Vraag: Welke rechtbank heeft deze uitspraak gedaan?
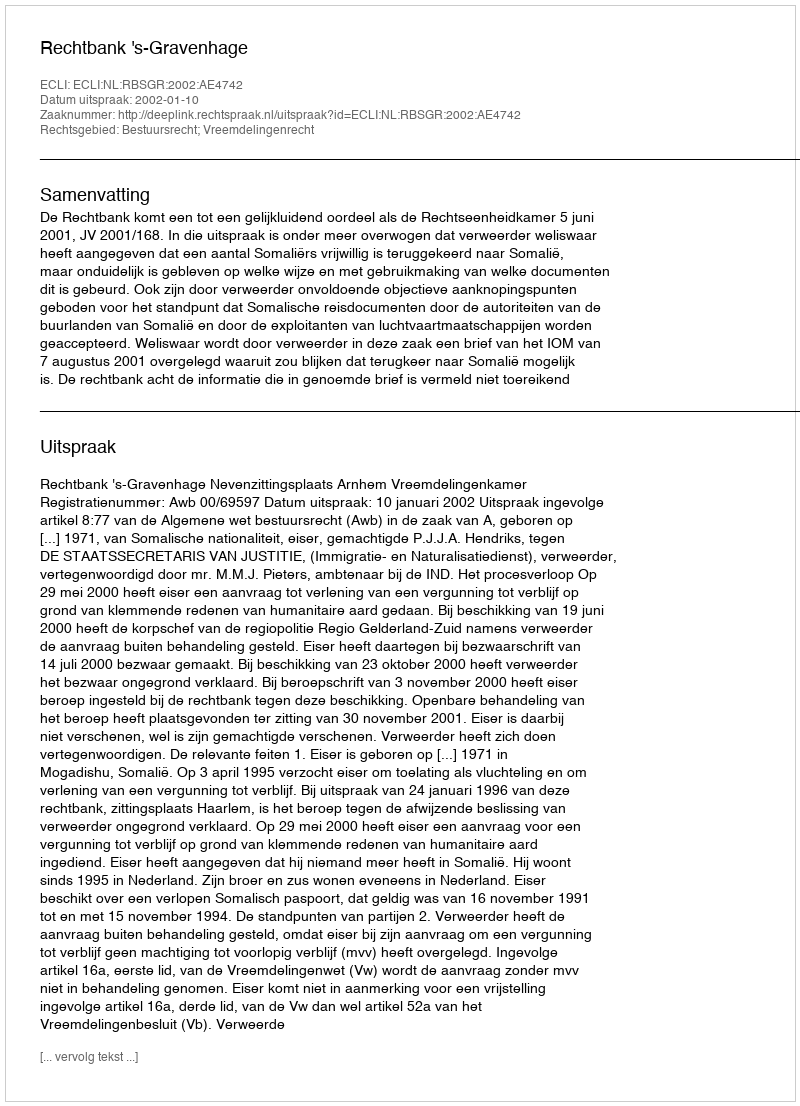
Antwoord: Rechtbank 's-Gravenhage